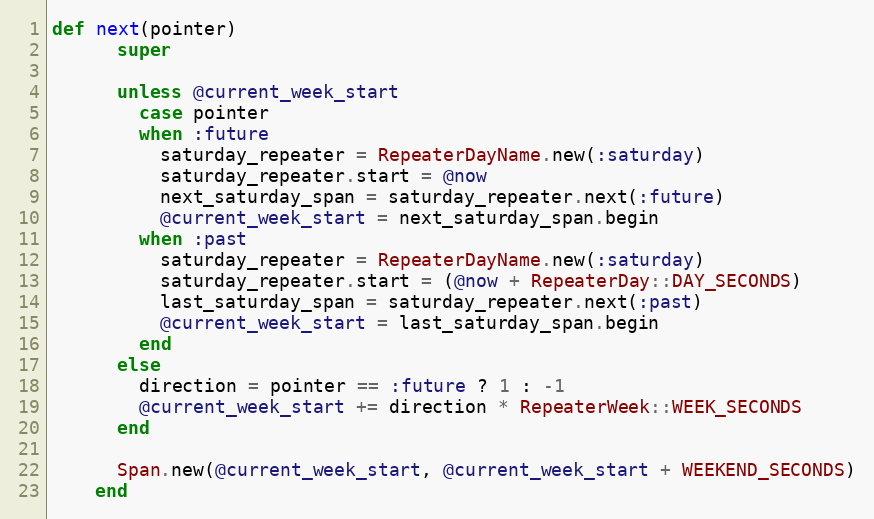
Language: Ruby
def next(pointer)
      super

      unless @current_week_start
        case pointer
        when :future
          saturday_repeater = RepeaterDayName.new(:saturday)
          saturday_repeater.start = @now
          next_saturday_span = saturday_repeater.next(:future)
          @current_week_start = next_saturday_span.begin
        when :past
          saturday_repeater = RepeaterDayName.new(:saturday)
          saturday_repeater.start = (@now + RepeaterDay::DAY_SECONDS)
          last_saturday_span = saturday_repeater.next(:past)
          @current_week_start = last_saturday_span.begin
        end
      else
        direction = pointer == :future ? 1 : -1
        @current_week_start += direction * RepeaterWeek::WEEK_SECONDS
      end

      Span.new(@current_week_start, @current_week_start + WEEKEND_SECONDS)
    end